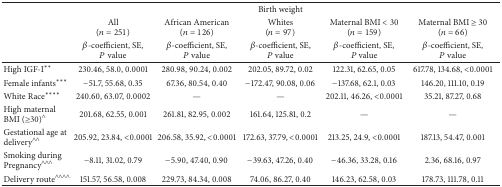
<table><thead><tr><td><b> </b></td><td><b> </b></td><td><b> </b></td><td><b>Birth weight</b></td><td><b> </b></td><td><b> </b></td></tr><tr><td><b> </b></td><td><b>All (<i>n</i> = 251)</b></td><td><b>African American (<i>n</i> = 126)</b></td><td><b>Whites (<i>n</i> = 97)</b></td><td><b>Maternal BMI &lt; 30 (<i>n</i> = 159)</b></td><td><b>Maternal BMI ≥ 30 (<i>n</i> = 66)</b></td></tr><tr><td><b> </b></td><td><b><i>β</i>-coefficient, SE,<i>P</i> value</b></td><td><b><i>β</i>-coefficient, SE,<i>P</i> value</b></td><td><b><i>β</i>-coefficient, SE,<i>P</i> value</b></td><td><b><i>β</i>-coefficient, SE,<i>P</i> value</b></td><td><b><i>β</i>-coefficient, SE,<i>P</i> value</b></td></tr></thead><tbody><tr><td>High IGF-I**</td><td>230.46, 58.0, 0.0001</td><td>280.98, 90.24, 0.002</td><td>202.05, 89.72, 0.02</td><td>122.31, 62.65, 0.05</td><td>617.78, 134.68, &lt;0.0001</td></tr><tr><td>Female infants***</td><td>−51.7, 55.68, 0.35</td><td>67.36, 80.54, 0.40</td><td>−172.47, 90.08, 0.06</td><td>−137.68, 62.1, 0.03</td><td>146.20, 111.10, 0.19</td></tr><tr><td>White Race****</td><td>240.60, 63.07, 0.0002</td><td> —</td><td>—</td><td>202.11, 46.26, &lt;0.0001</td><td>35.21, 87.27, 0.68</td></tr><tr><td>High maternal BMI (≥30)<sup><i>∧</i></sup></td><td>201.68, 62.55, 0.001</td><td>261.81, 82.95, 0.002</td><td>161.64, 125.81, 0.2</td><td>—</td><td>—</td></tr><tr><td>Gestational age at delivery<sup><i>∧∧</i></sup></td><td>205.92, 23.84, &lt;0.0001</td><td>206.58, 35.92, &lt;0.0001</td><td>172.63, 37.79, &lt;0.0001</td><td>213.25, 24.9, &lt;0.0001</td><td>187.13, 54.47, 0.001</td></tr><tr><td>Smoking during Pregnancy<sup><i>∧∧</i><i>∧</i></sup></td><td>−8.11, 31.02, 0.79</td><td>−5.90, 47.40, 0.90</td><td>−39.63, 47.26, 0.40</td><td>−46.36, 33.28, 0.16</td><td>2.36, 68.16, 0.97</td></tr><tr><td>Delivery route<sup><i>∧∧</i><i>∧∧</i></sup></td><td>151.57, 56.58, 0.008</td><td>229.73, 84.34, 0.008</td><td>74.06, 86.27, 0.40</td><td>146.23, 62.58, 0.03</td><td>178.73, 111.78, 0.11</td></tr></tbody></table>